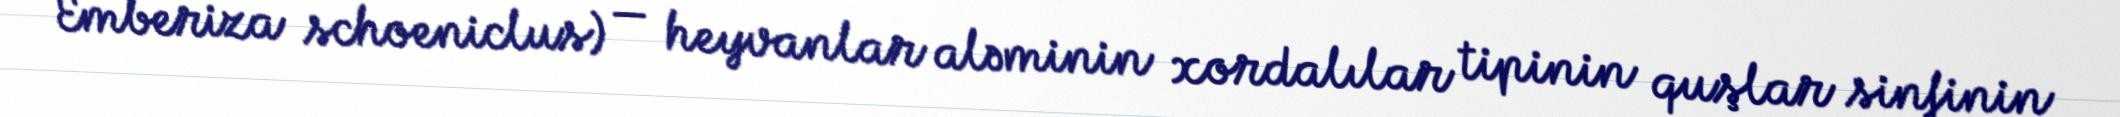
Emberiza schoeniclus) — heyvanlar aləminin xordalılar tipinin quşlar sinfinin